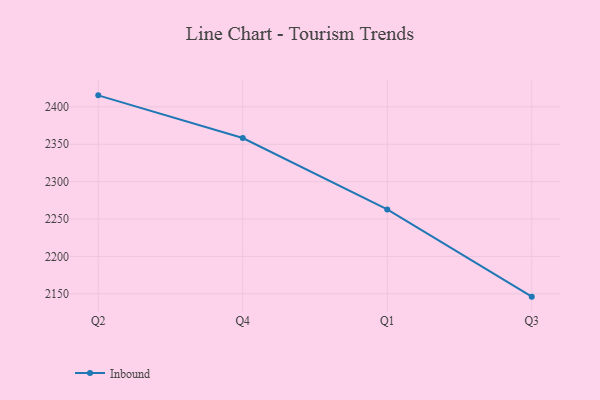
{"axis": {"x": "Quarter", "y": "Headcount"}, "legend": ["Inbound"], "data": [{"x": "Q2", "y": 2415.4, "type": "Inbound"}, {"x": "Q4", "y": 2358.3, "type": "Inbound"}, {"x": "Q1", "y": 2262.9, "type": "Inbound"}, {"x": "Q3", "y": 2146.2, "type": "Inbound"}]}